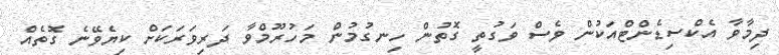
ދިމާވާ އެކްސިޑެންޓްއަކުން ވެސް ވަގުތީ ގޮތުން ހިނގުމުން މަހުރޫމްވާ ދަރިވަރަކަށް ކިޔެވޭނެ ގޮތެއް